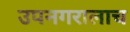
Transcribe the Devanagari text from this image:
उपनगरालाच